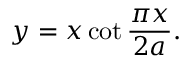
y = x \cot { \frac { \pi x } { 2 a } } .